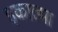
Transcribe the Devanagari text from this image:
इकाल्मा